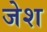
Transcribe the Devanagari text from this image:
जेश